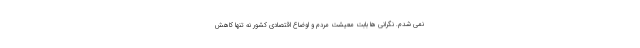
نمی شدم. نگرانی ها بابت معیشت مردم و اوضاع اقتصادی کشور نه تنها کاهش